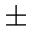
\pm